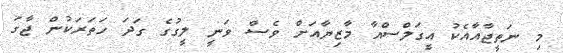
މި ނަތީޖާއާއެކު އީގަލްސްއާ މާޒިޔާއަށް ވެސް ވަނީ ލީގުގެ ގަދަ ހަތަރަކުން ޖާގަ